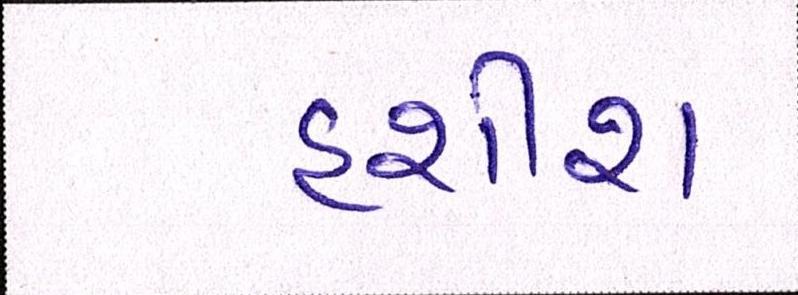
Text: હશીશ